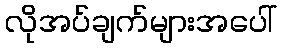
လိုအပ်ချက်များအပေါ်